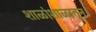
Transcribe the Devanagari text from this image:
शाळांशाळातून